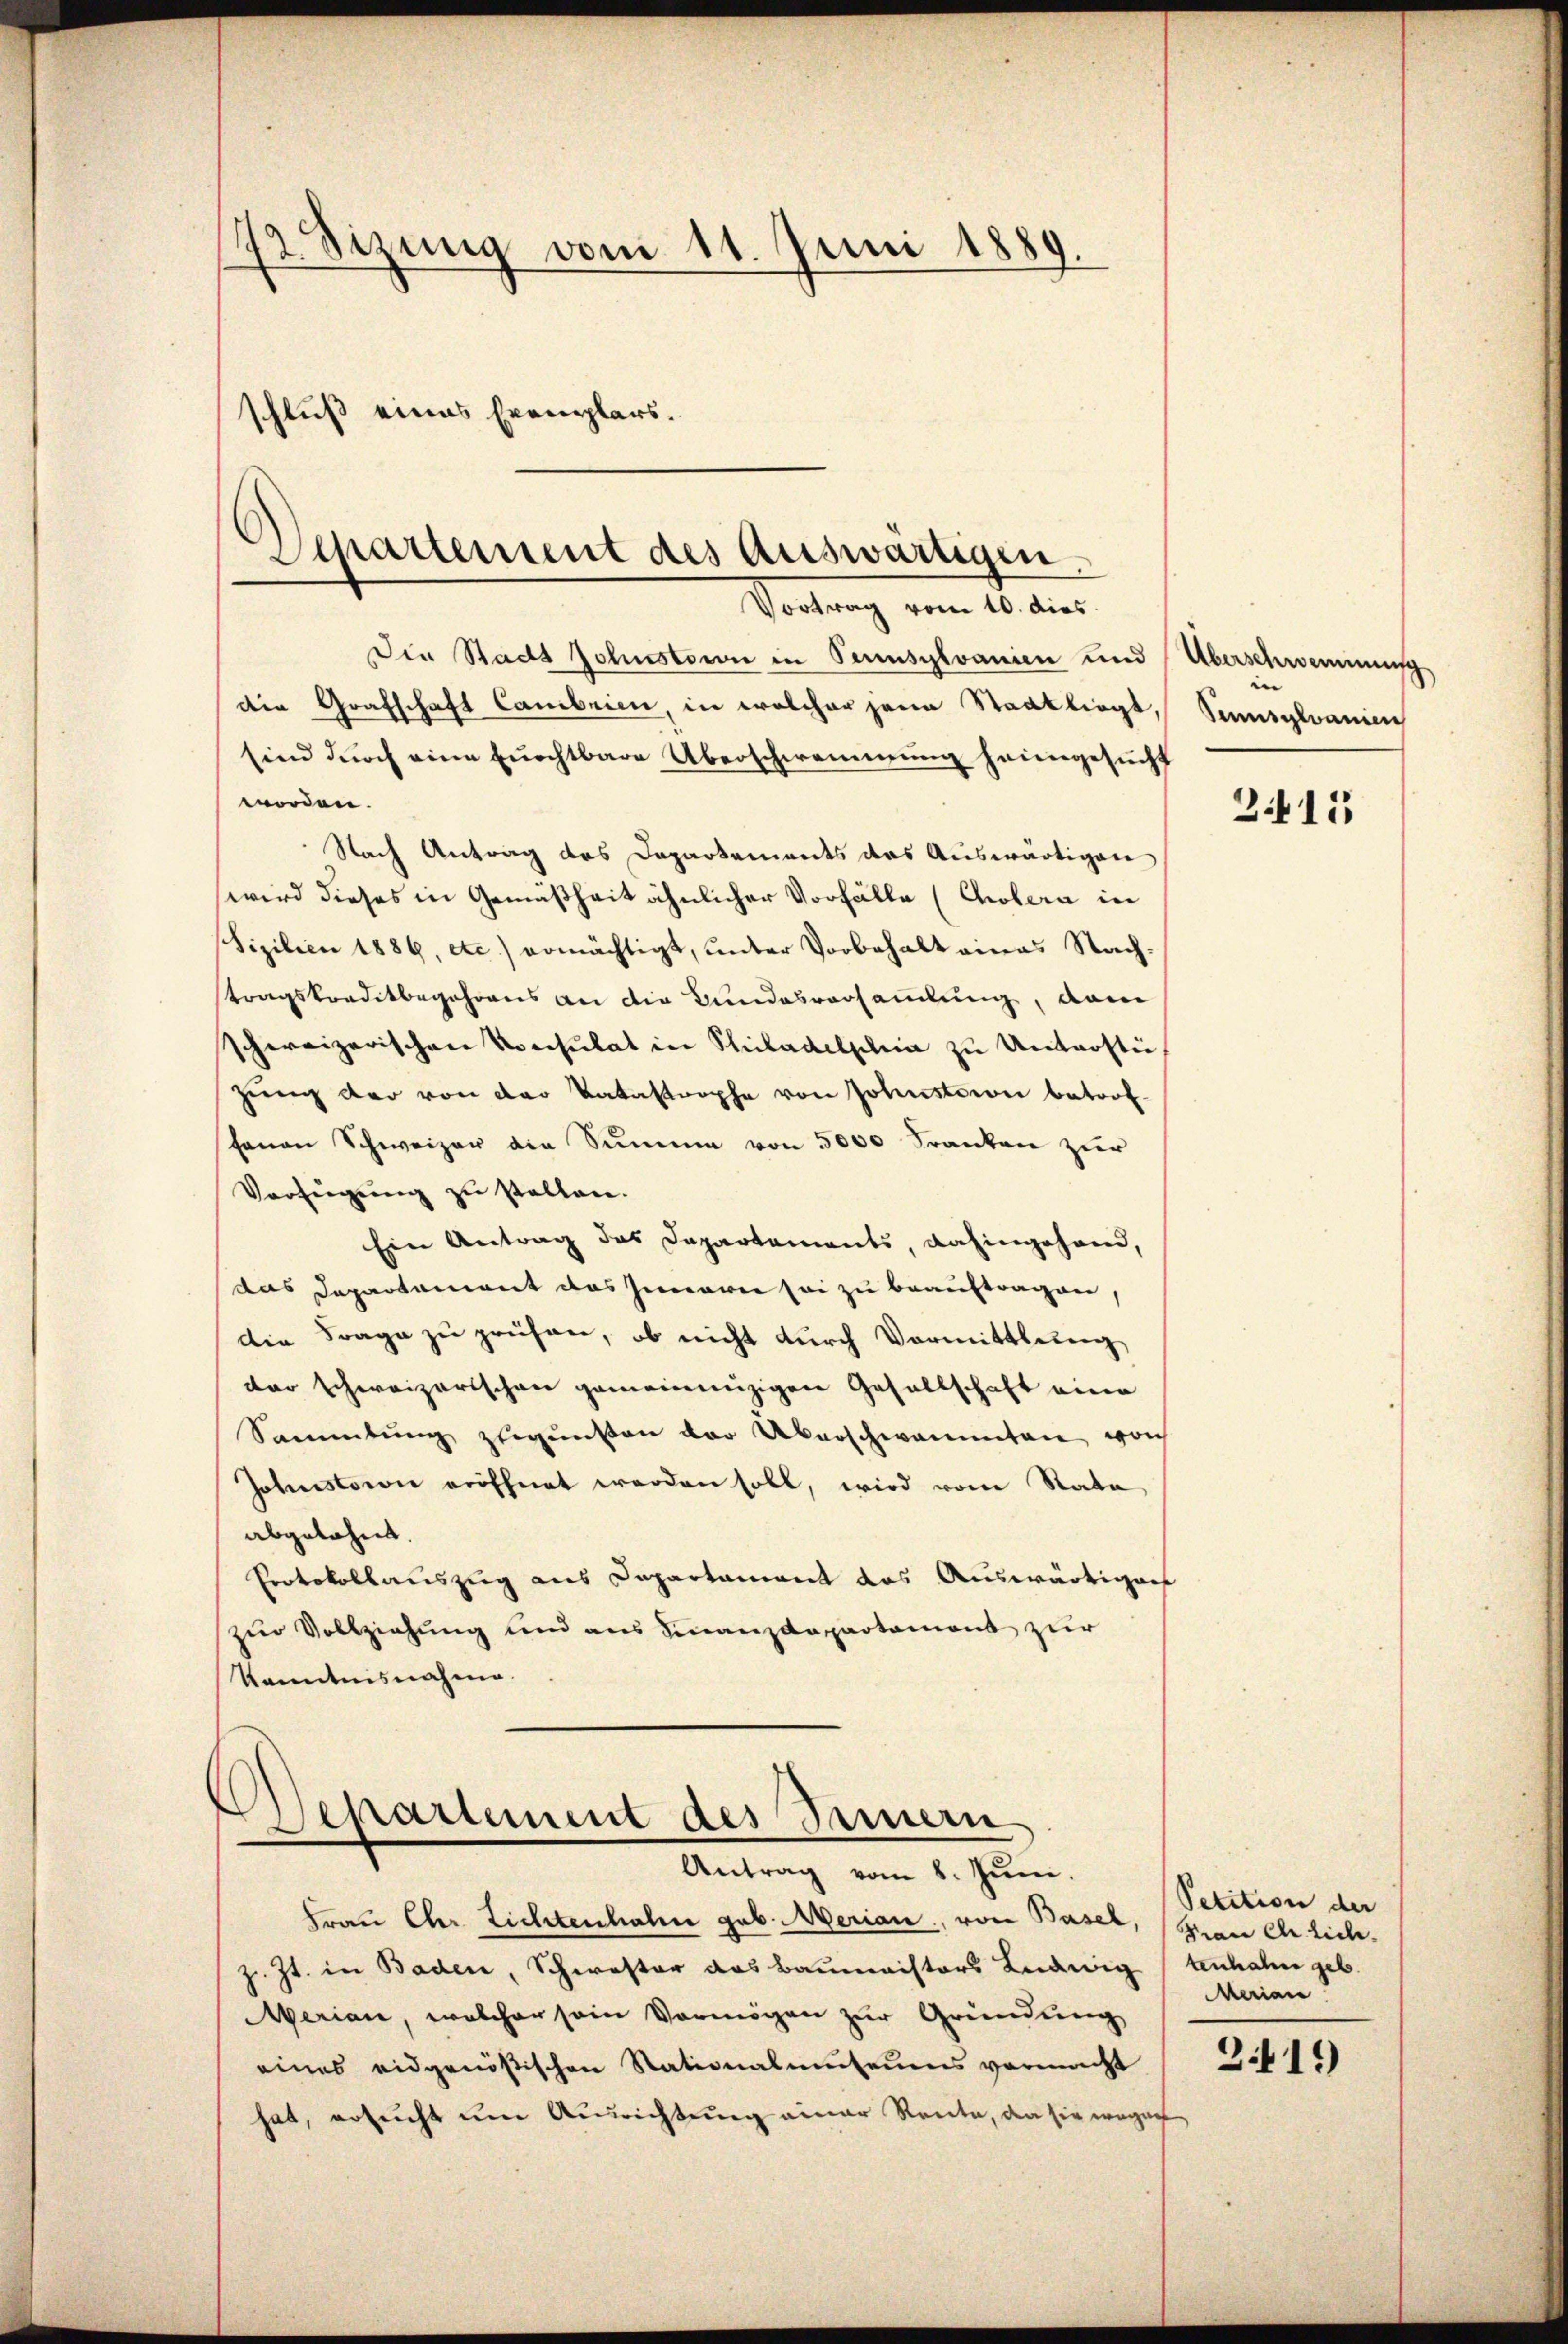
72. Sitzung vom 11. Juni 1889.
schluß eines Exemplars.

Die Stadt Joluestowie in Pennsylvanien und Überschwemmung
die Grafschaft Cambrien, in welcher jene Staatliegt, Sennsylvanien
sind durch eine furchtbare Überschwemmung heimgesucht
worden.
Nach Antrag des Dapartements das Auswärtigen
wird dieses in Gemäßheit ähnlicher Vorfälle (Cholera in
Sizilien 1889, etc.) ermächtigt, ŭnter Vorbehalt eines Nach-
tragskreditbegehrens an die Bundesversammlung, dann
schweizerischen Konsulat in Philadelphia zu Untrosti
zŭng der von der Katastrophe von Johnstorii betrof-
hanen Schweizer die Summe von 5000 Franken zur
Verfügung zu stellen.
Ein Antrag das Departaments, dahingehand,
das Departement das Innerer sei zu beauftragen,
die Frage zu prüfen, ob nicht durch Vormittledig,
der schweizerischen gemeindenzigen Gesellschaft eine
Sammlung zugunsten der Überschwammten vorh
Johnstaion eröffnet werden soll, wird vom Rate
abgelehnt.
Protokollauszug aus Departament das Auswärtigers
zur Vollziehung und aus Finanzdepartament zur
Kenntnisnahme.

Departement des Auswärtigen
Vortrag vom 10. dies

Departement des Innern
Antrag vom 8. Juni.

Frau Cher Lichtenhahn geb. Merian, von Basel, (Man ehrlichz. Zt. in Baden, Schwester das Baumeisters Ludwig (tenhahn geb.
Aerian, welcher sein Vermögen zur Gründung
eines eidgenößischen Stationalmŭtenens vermacht
hat, ersucht um Ausrichtung einer Rente, da sie wegen

n

2415

Petition der
Merian

2419)